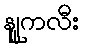
နျူကလီး